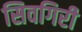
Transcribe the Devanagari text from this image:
सिवगिरी